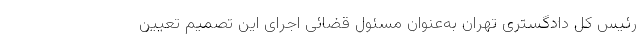
رئیس کل دادگستری تهران به‌عنوان مسئول قضائی اجرای این تصمیم تعیین